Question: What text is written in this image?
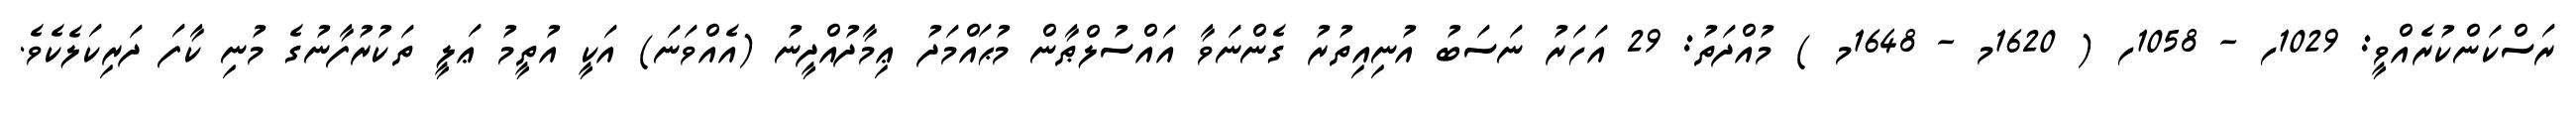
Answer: ރަސްކަންކުރެއްވީ: 1029ހ - 1058ހ ( 1620މ - 1648މ ) މުއްދަތު: 29 އަހަރު ނަސަބު އުނިއިތުރު ގެންނަވާ އައްސުލްޠާން މުޙައްމަދު ޢިމާދުއްދީނު (އެއްވަނަ) އަކީ އުތީމު ޢަލީ ތަކުރުފާނުގެ މުނި ކާފަ ދަރިކަލެކެވެ.